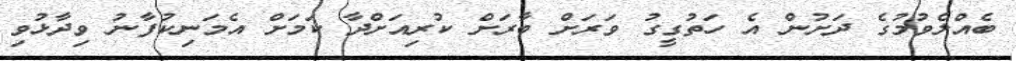
ބެއްލެވުމުގެ ދަށުން އެ ހަތުގީގު ވަރަށް ބާރަށް ކުރިއަށްދާ ކަމަށް އެމަނިކުފާނު ވިދާޅުވި